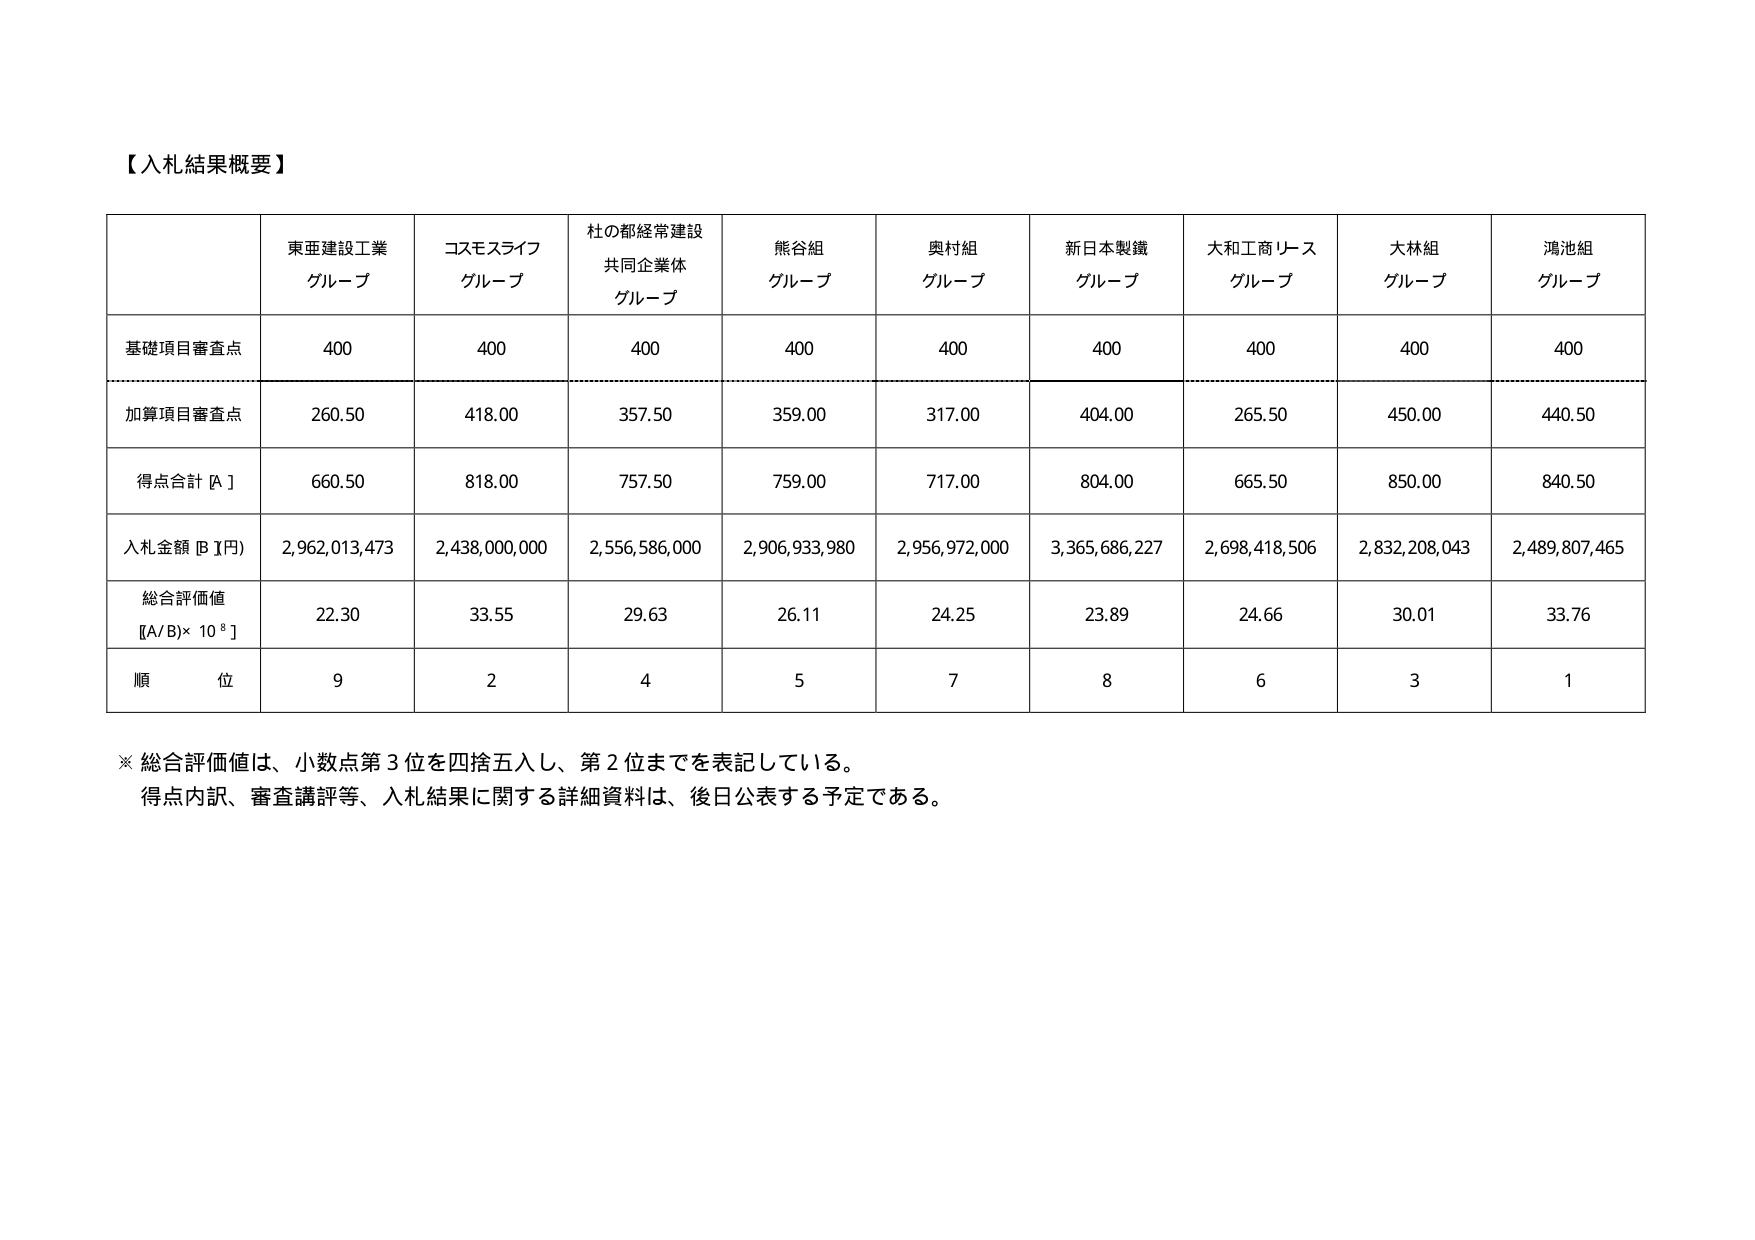
【入札結果概要】

東亜建設工業
グループ

コスモスライフ
グループ

杜の都経常建設
共同企業体
グループ

熊谷組
グループ

奥村組
グループ

新日本製鐵
グループ

大和工商リース
グループ

大林組
グループ

鴻池組
グループ

基礎項目審査点
400
400
400
400
400
400
400
400
400

加算項目審査点
260.50
418.00
357.50
359.00
317.00
404.00
265.50
450.00
440.50

得点合計 [A]
660.50
818.00
757.50
759.00
717.00
804.00
665.50
850.00
840.50

入札金額 [B]円
2,962,013,473
2,438,000,000
2,556,586,000
2,906,933,980
2,956,972,000
3,365,686,227
2,698,418,506
2,832,208,043
2,489,807,465

総合評価値
[A/B]× 10⁸]
22.30
33.55
29.63
26.11
24.25
23.89
24.66
30.01
33.76

順位
9
2
4
5
7
8
6
3
1

※ 総合評価値は、小数点第3位を四捨五入し、第2位までを表記している。
得点内訳、審査講評等、入札結果に関する詳細資料は、後日公表する予定である。